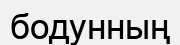
бодунның